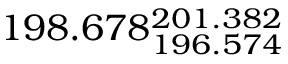
1 9 8 . 6 7 8 _ { 1 9 6 . 5 7 4 } ^ { 2 0 1 . 3 8 2 }